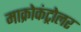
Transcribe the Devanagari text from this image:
माक्रोकंट्रोलर